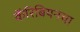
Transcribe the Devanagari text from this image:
कॅरिबियनचा